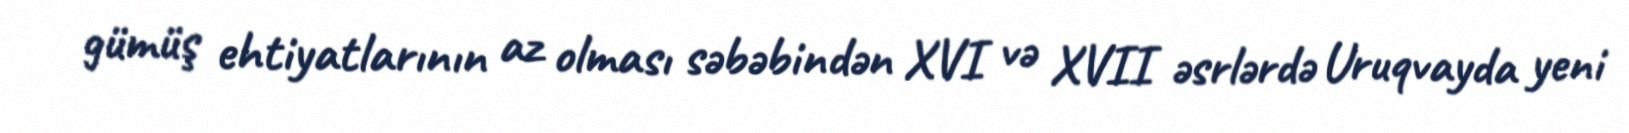
gümüş ehtiyatlarının az olması səbəbindən XVI və XVII əsrlərdə Uruqvayda yeni